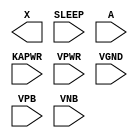
module sky130_fd_sc_hd__lpflow_isobufsrckapwr (
    X    ,
    SLEEP,
    A    ,
    KAPWR,
    VPWR ,
    VGND ,
    VPB  ,
    VNB
);

    output X    ;
    input  SLEEP;
    input  A    ;
    input  KAPWR;
    input  VPWR ;
    input  VGND ;
    input  VPB  ;
    input  VNB  ;
endmodule